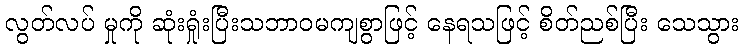
လွတ်လပ် မှုကို ဆုံးရှုံးပြီးသဘာဝမကျစွာဖြင့် နေရသဖြင့် စိတ်ညစ်ပြီး သေသွား